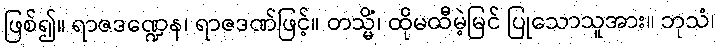
ဖြစ်၍။ ရာဇဒဏ္ဍေန၊ ရာဇဒဏ်ဖြင့်။ တသ္မိံ၊ ထိုမထီမဲ့မြင် ပြုသောသူအား။ ဘုသံ၊